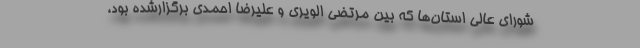
شورای عالی استان‌ها که بین مرتضی الویری و علیرضا احمدی برگزارشده بود،